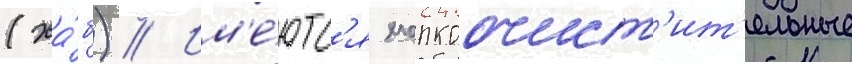
(ха́б) // Им'е́ютс'я хлопкоочист'ит'ельные